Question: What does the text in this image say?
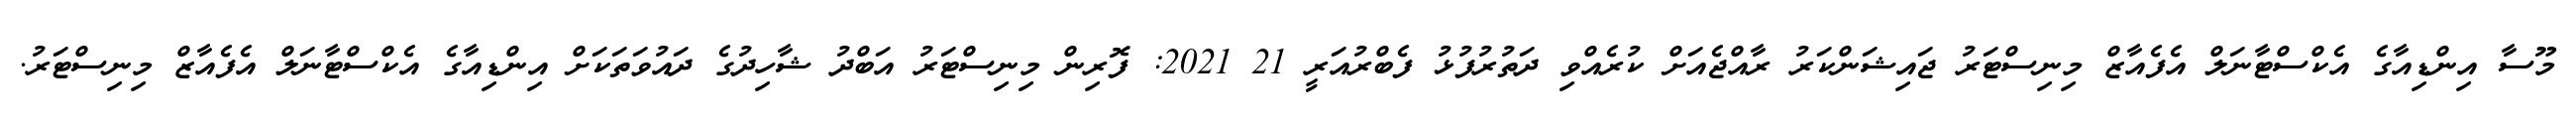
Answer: މޫސާ އިންޑިއާގެ އެކްސްޓާނަލް އެފެއާޒް މިނިސްޓަރު ޖައިޝަންކަރު ރާއްޖެއަށް ކުރެއްވި ދަތުރުފުޅު ފެބްރުއަރީ 21 2021: ފޮރިން މިނިސްޓަރު އަބްދު ޝާހިދުގެ ދައުވަތަކަށް އިންޑިއާގެ އެކްސްޓާނަލް އެފެއާޒް މިނިސްޓަރު.